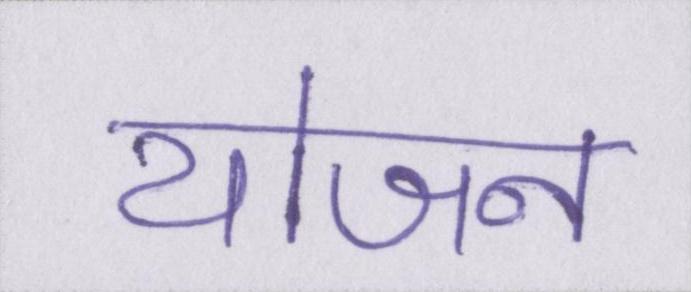
योजन